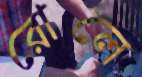
রোলে